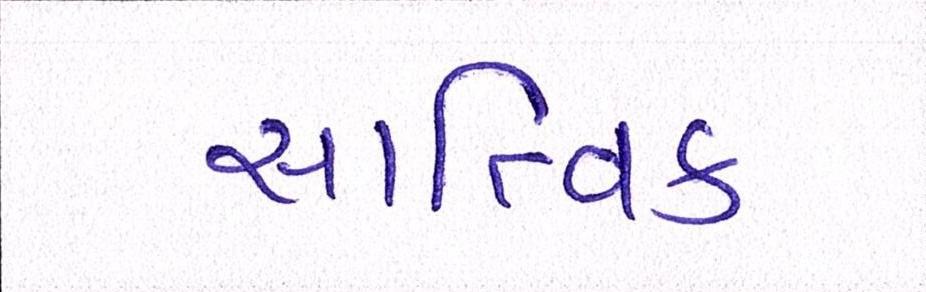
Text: સાત્ત્વિક